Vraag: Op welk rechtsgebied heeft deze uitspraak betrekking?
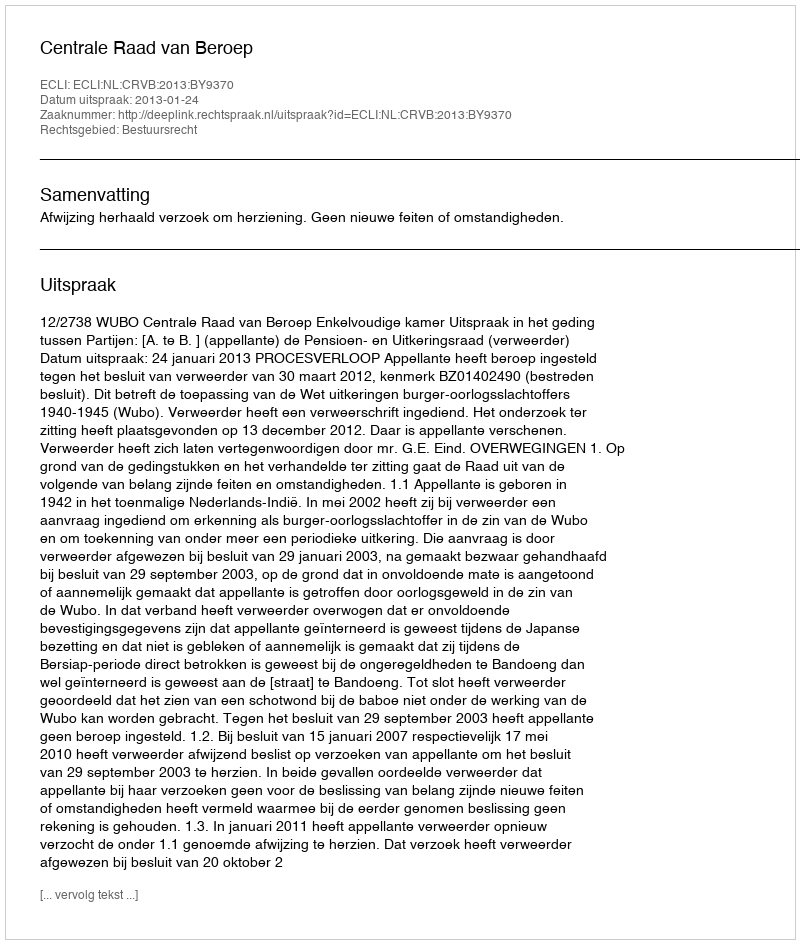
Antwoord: Bestuursrecht